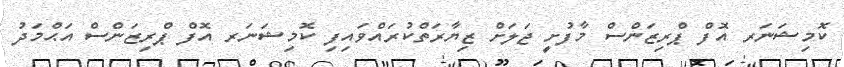
ކޮމިޝަނަރ އޮފް ޕްރިޒަންސް މާފުށީ ޖަލަށް ޒިޔާރަތްކުރައްވައިފި ކޮމިޝަނަރ އޮފް ޕްރިޒަންސް އަޙްމަދު